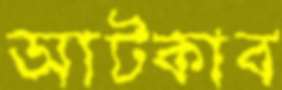
আটকাব